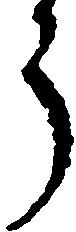
う